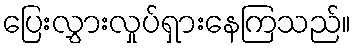
ပြေးလွှားလှုပ်ရှားနေကြသည်။